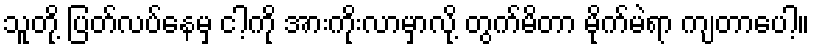
သူတို့ ပြတ်လပ်နေမှ ငါ့ကို အားကိုးလာမှာလို့ တွက်မိတာ မိုက်မဲရာ ကျတာပေါ့။